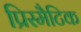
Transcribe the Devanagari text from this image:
प्रिस्मैटिक